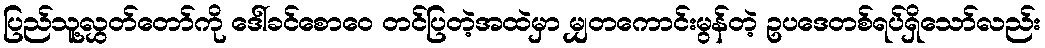
ပြည်သူ့လွှတ်တော်ကို ဒေါ်ခင်စောဝေ တင်ပြတဲ့အထဲမှာ မျှတကောင်းမွန်တဲ့ ဥပဒေတစ်ရပ်ရှိသော်လည်း